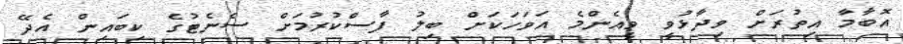
އޮބާމާ އިތުރަށް ވިދާޅުވީ ވީއެންމެ އަވަހަކަށް ބިލު ފާސްކުރުމަށް ސެނެޓުގެ ކިބައިން އެދޭ